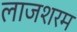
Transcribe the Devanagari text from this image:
लाजशरम